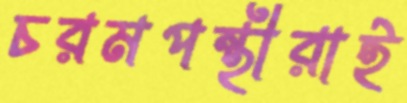
চরমপন্থীরাই